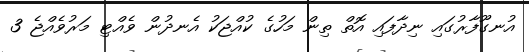
އުނގޫފާރުގައި ނިދާފައި އޮތް ތިން މަހުގެ ކުއްޖަކު އެނދުން ވެއްޓި މަރުވެއްޖެ 3